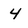
Character: 4